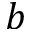
b